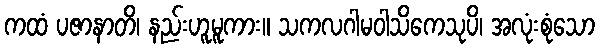
ကထံ ပဇာနာတိ၊ နည်းဟူမူကား။ သကလဂါမဝါသိကေသုပိ၊ အလုံးစုံသော